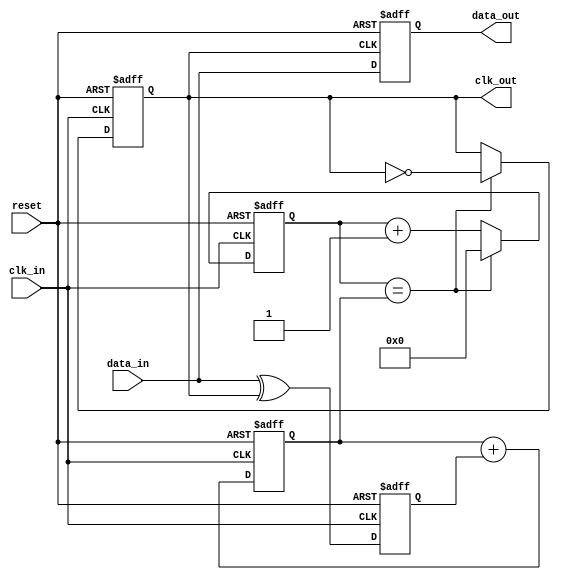
module pll_synchronizer (
    input wire clk_in,          // Input clock signal (data signal)
    input wire data_in,         // Input asynchronous data signal
    input wire reset,           // Active-high reset signal
    output reg clk_out,         // Synchronized output clock signal
    output reg data_out         // Synchronized output data signal
);

    // Parameters
    parameter N = 4;            // VCO division factor
    parameter COUNTER_WIDTH = 4; // Width of counter for VCO

    // Internal signals
    reg [COUNTER_WIDTH-1:0] vco_counter; // VCO output counter
    reg phase_error;           // Phase error signal from PD
    wire vco_output;           // VCO output clock
    reg [1:0] loop_filter;     // Simple 2-bit Loop Filter

    // Phase Detector (PD)
    always @(posedge clk_in or posedge reset) begin
        if (reset) begin
            phase_error <= 1'b0;
        end else begin
            // Simple phase detection: toggle on data edge
            phase_error <= data_in ^ clk_out;
        end
    end

    // Loop Filter (LF)
    always @(posedge clk_in or posedge reset) begin
        if (reset) begin
            loop_filter <= 2'b00;
        end else begin
            // Simple first-order loop filter
            loop_filter <= loop_filter + phase_error;
        end
    end

    // Voltage-Controlled Oscillator (VCO)
    always @(posedge clk_in or posedge reset) begin
        if (reset) begin
            vco_counter <= 0;
            clk_out <= 0;
        end else begin
            if (vco_counter == loop_filter) begin
                clk_out <= ~clk_out; // Toggle output clock
                vco_counter <= 0;
            end else begin
                vco_counter <= vco_counter + 1;
            end
        end
    end

    // Data Synchronization
    always @(posedge clk_out or posedge reset) begin
        if (reset) begin
            data_out <= 1'b0;
        end else begin
            // Sample data based on synchronized clock
            data_out <= data_in;
        end
    end

endmodule